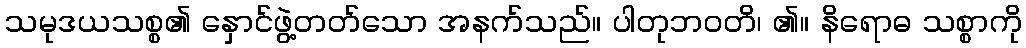
သမုဒယသစ္စ၏ နှောင်ဖွဲ့တတ်သော အနက်သည်။ ပါတုဘဝတိ၊ ၏။ နိရောဓ သစ္စာကို